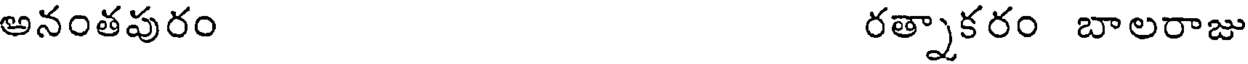
అనంతపురం రత్నాకరం బాలరాజు